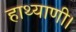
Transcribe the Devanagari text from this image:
हाथ्याणी।